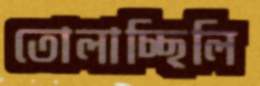
তোলাচ্ছিলি